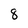
Character: 8